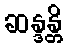
ဆန္ဒန္တိ